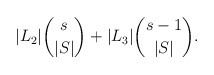
\begin{align*} |L_2|\binom{s}{|S|} + |L_3|\binom{s-1}{|S|}. \end{align*}